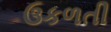
ઉકળતી